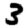
Digit: 3